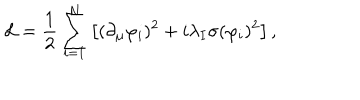
\mathcal { L } = { \frac { 1 } { 2 } } \sum _ { i = 1 } ^ { N } \left[ ( \partial _ { \mu } \varphi _ { i } ) ^ { 2 } + i \lambda _ { I } \sigma ( \varphi _ { i } ) ^ { 2 } \right] ,